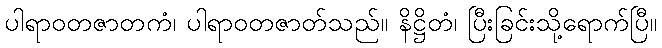
ပါရာဝတဇာတကံ၊ ပါရာဝတဇာတ်သည်။ နိဋ္ဌိတံ၊ ပြီးခြင်းသို့ရောက်ပြီ။